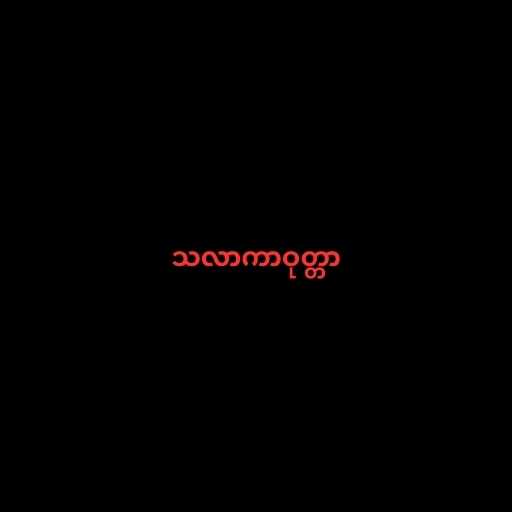
သလာကာဝုတ္တာ